Vaccine operations Central Provinces 1886-1899 - 1886-1899
Year: 1886
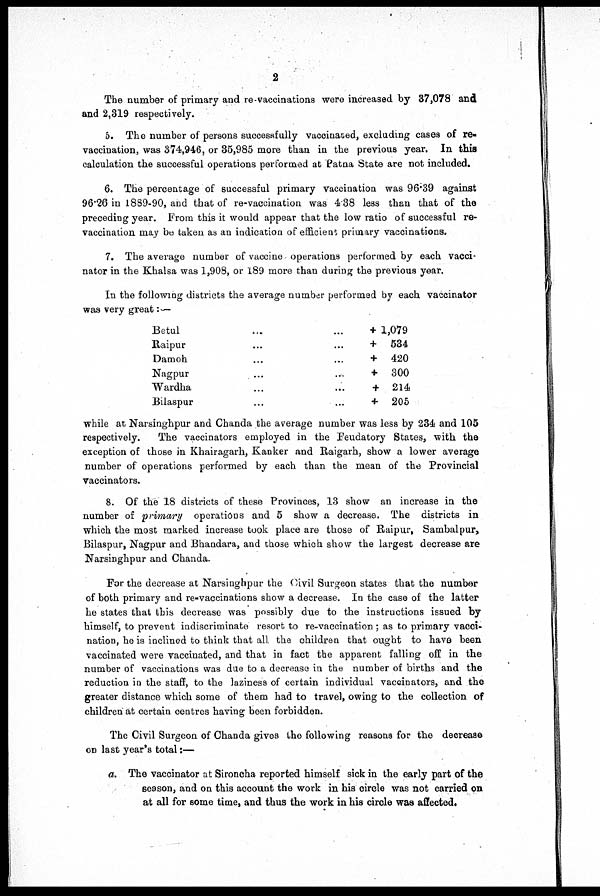
2
The number of primary and re-vaccinations were increased by 37,078 and
and 2,319 respectively.
5. The number of persons successfully vaccinated, excluding cases of re-
vaccination, was 374,946, or 35,985 more than in the previous year. In this
calculation the successful operations performed at Patna State are not included.
6. The percentage of successful primary vaccination was 96.39 against
96.26 in 1889-90, and that of re-vaccination was 4.38 less than that of the
preceding year. From this it would appear that the low ratio of successful re-
vaccination may be taken as an indication of efficient primary vaccinations.
7. The average number of vaccine operations performed by each vacci-
nator in the Khalsa was 1,908, or 189 more than during the previous year.
In the following districts the average number performed by each vaccinator
was very great:—
Betul... ... ...
Raipur... ...
Damoh... ...
Nagpur... ...
Wardha... ...
Bilaspur... ...
+ 1,079
+ 534
+ 420
+ 300
+ 214
+ 205
while at Narsinghpur and Chanda the average number was less by 234 and 105
respectively.
The vaccinators employed in the Feudatory States, with the
exception of those in Khairagarh, Kanker and Raigarh, show a lower average
number of operations performed by each than the mean of the Provincial
vaccinators.
8. Of the 18 districts of these Provinces, 13 show an increase in the
number of primary operations and 5 show a decrease. The districts in
which the most marked increase took place are those of Raipur, Sambalpur,
Bilaspur, Nagpur and Bhandara, and those which show the largest decrease are
Narsinghpur and Chanda.
For the decrease at Narsinghpur the Civil Surgeon states that the number
of both primary and re-vaccinations show a decrease. In the case of the latter
he states that this decrease was possibly due to the instructions issued by
himself, to prevent indiscriminate resort to re-vaccination; as to primary vacci-
nation, he is inclined to think that all the children that ought to have been
vaccinated were vaccinated, and that in fact the apparent falling off in the
number of vaccinations was due to a decrease in the number of births and the
reduction in the staff, to the laziness of certain individual vaccinators, and the
greater distance which some of them had to travel, owing to the collection of
children at certain centres having been forbidden.
The Civil Surgeon of Chanda gives the following reasons for the decrease
on last year's total:—
a. The vaccinator at Sironcha reported himself sick in the early part of the
season, and on this account the work in his circle was not carried on
at all for some time, and thus the work in his circle was affected.